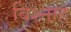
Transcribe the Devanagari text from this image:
बिश्नाह